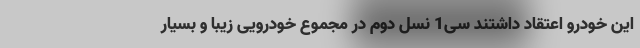
این خودرو اعتقاد داشتند سی1 نسل دوم در مجموع خودرویی زیبا و بسیار